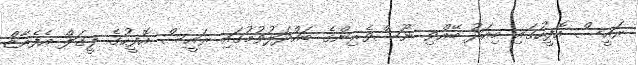
ރައީސް އޮފީހުގައި މިއަދު ބޭއްވި ނޫސްވެރިންގެ ބައްދަލުވުމުގައި ރައީސް އޮފީހުގެ ލީގަލް އެފެއާޒް